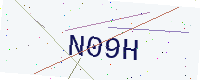
Text: N09H